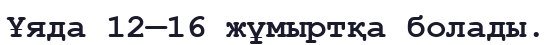
Ұяда 12—16 жұмыртқа болады.